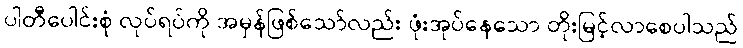
ပါတီပေါင်းစုံ လုပ်ရပ်ကို အမှန်ဖြစ်သော်လည်း ဖုံးအုပ်နေသော တိုးမြင့်လာစေပါသည်